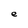
Character: e